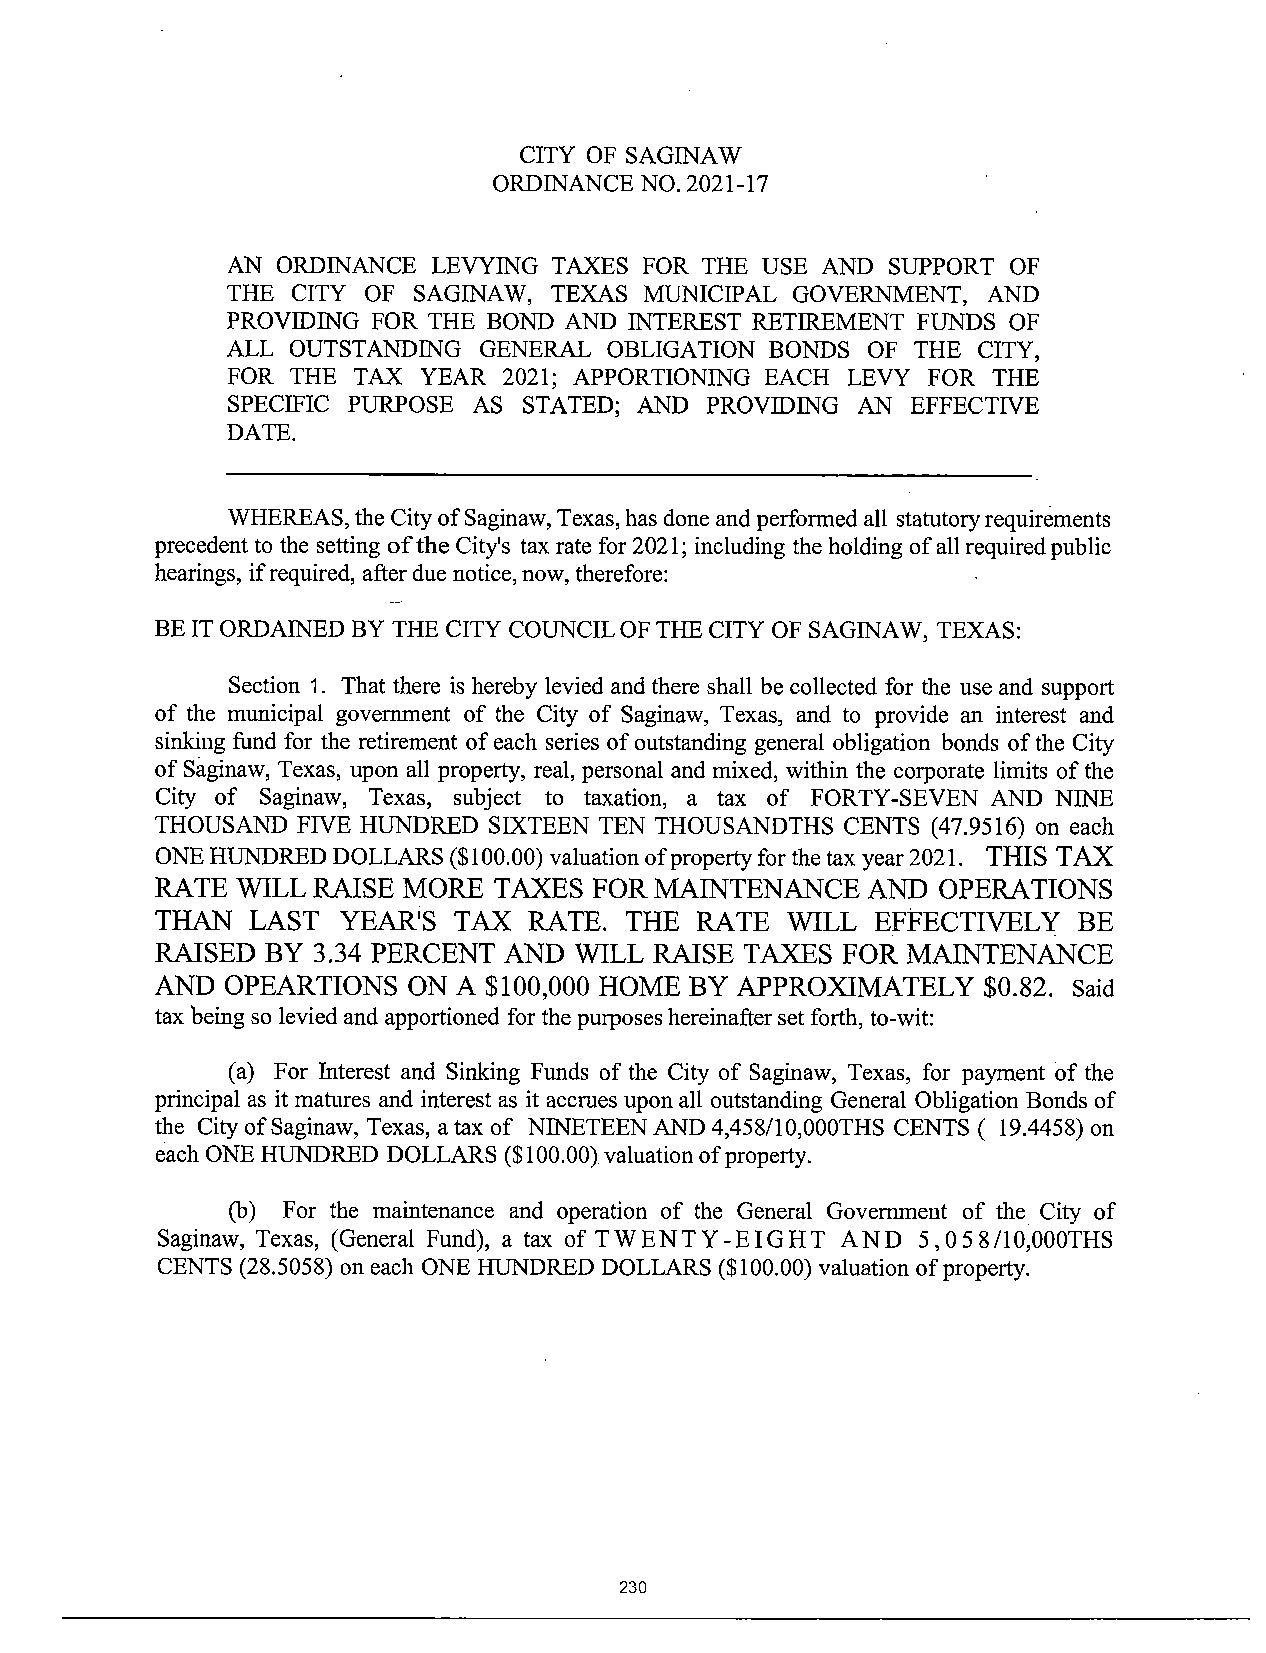
CITY OF SAGINAW
 ORDINANCE NO.2021- 17
 AN ORDINANCE  LEVYING TAXES FOR THE USE AND SUPPORT OF
 THE CITY OF SAGINAW, TEXAS  MUNICIPAL GOVERNMENT, AND
 PROVIDING FOR THE BOND AND INTEREST RETIREMENT FUNDS OF
 ALL OUTSTANDING  GENERAL OBLIGATION BONDS OF  THE CITY,
 FOR THE TAX  YEAR 2021; APPORTIONING EACH LEVY FOR THE
 SPECIFIC PURPOSE AS STATED; AND PROVIDING AN EFFECTIVE
 DATE.
 WHEREAS, the City ofSaginaw, Texas, has done andperformed all statutoryrequirements
 precedent to the setting ofthe City's tax rate for 2021; including the holding ofall requiredpublic
 hearings, ifrequired, after due notice,now, therefore:
 BE IT ORDAINED BY THE CITY COUNCILOF THE CITY OF SAGINAW, TEXAS:
 Section 1. That there is hereby levied andthere shall be collected for the use and support
 of the municipal government of the City of Saginaw, Texas, and to provide an interest and
 sinking fund for the retirement ofeach series ofoutstanding general obligation bonds ofthe City
 of Saginaw, Texas, upon all property, real, personal and mixed, within the corporate limits ofthe
 City of Saginaw, Texas, subject to taxation, a tax of FORTY-SEVEN AND NINE
 THOUSAND  FIVE HUNDRED SIXTEEN TEN THOUSANDTHS CENTS ( 47.9516) on each
 ONE HUNDRED DOLLARS ($100.00) valuation ofproperty forthetax year2021. THIS TAX
 RATE  WILL RAISE MORE  TAXES FOR MAINTENANCE   AND  OPERATIONS
 THAN  LAST   YEAR'S TAX  RATE. THE  RATE  WILL  EFFECTIVELY  BE
 RAISED  BY 3.34 PERCENT AND WILL RAISE TAXES  FOR MAINTENANCE
 AND  OPEARTIONS  ON A $100,000 HOME BY APPROXIMATELY   $0.82. Said
 tax being so levied and apportioned for the purposes hereinafter set forth, to-wit:
 a) For Interest and Sinking Funds of the City of Saginaw, Texas, for payment of the
 principal as it matures and interest as it accrues upon all outstanding General Obligation Bonds of
 the City ofSaginaw, Texas, atax of NINETEEN AND 4,458/10,000THS CENTS ( 19.4458) on
 each ONE HUNDRED DOLLARS ($100.00) valuation ofproperty.
 b) For the maintenance and operation of the General Government of the City of
 Saginaw, Texas, ( General Fund), a tax of TWENTY- EIGHT AND 5, 0 5 8/ 10,000THS
 CENTS (28.5058) on each ONE HUNDRED DOLLARS ($100.00) valuation ofproperty.
 230